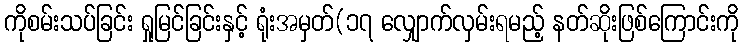
ကိုစမ်းသပ်ခြင်း ရှုမြင်ခြင်းနှင့် ရုံးအမှတ်(၁၇ လျှောက်လှမ်းရမည့် နတ်ဆိုးဖြစ်ကြောင်းကို